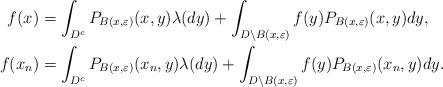
LaTeX: \begin{align*}f(x)&=\int_{D^c}P_{B(x,\varepsilon)}(x,y)\lambda(dy)+\int_{D\setminus B(x,\varepsilon)}f(y)P_{B(x,\varepsilon)}(x,y)dy,\\f(x_n)&=\int_{D^c}P_{B(x,\varepsilon)}(x_n,y)\lambda(dy)+\int_{D\setminus B(x,\varepsilon)}f(y)P_{B(x,\varepsilon)}(x_n,y)dy.\end{align*}